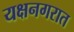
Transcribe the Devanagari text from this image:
यक्षनगरात